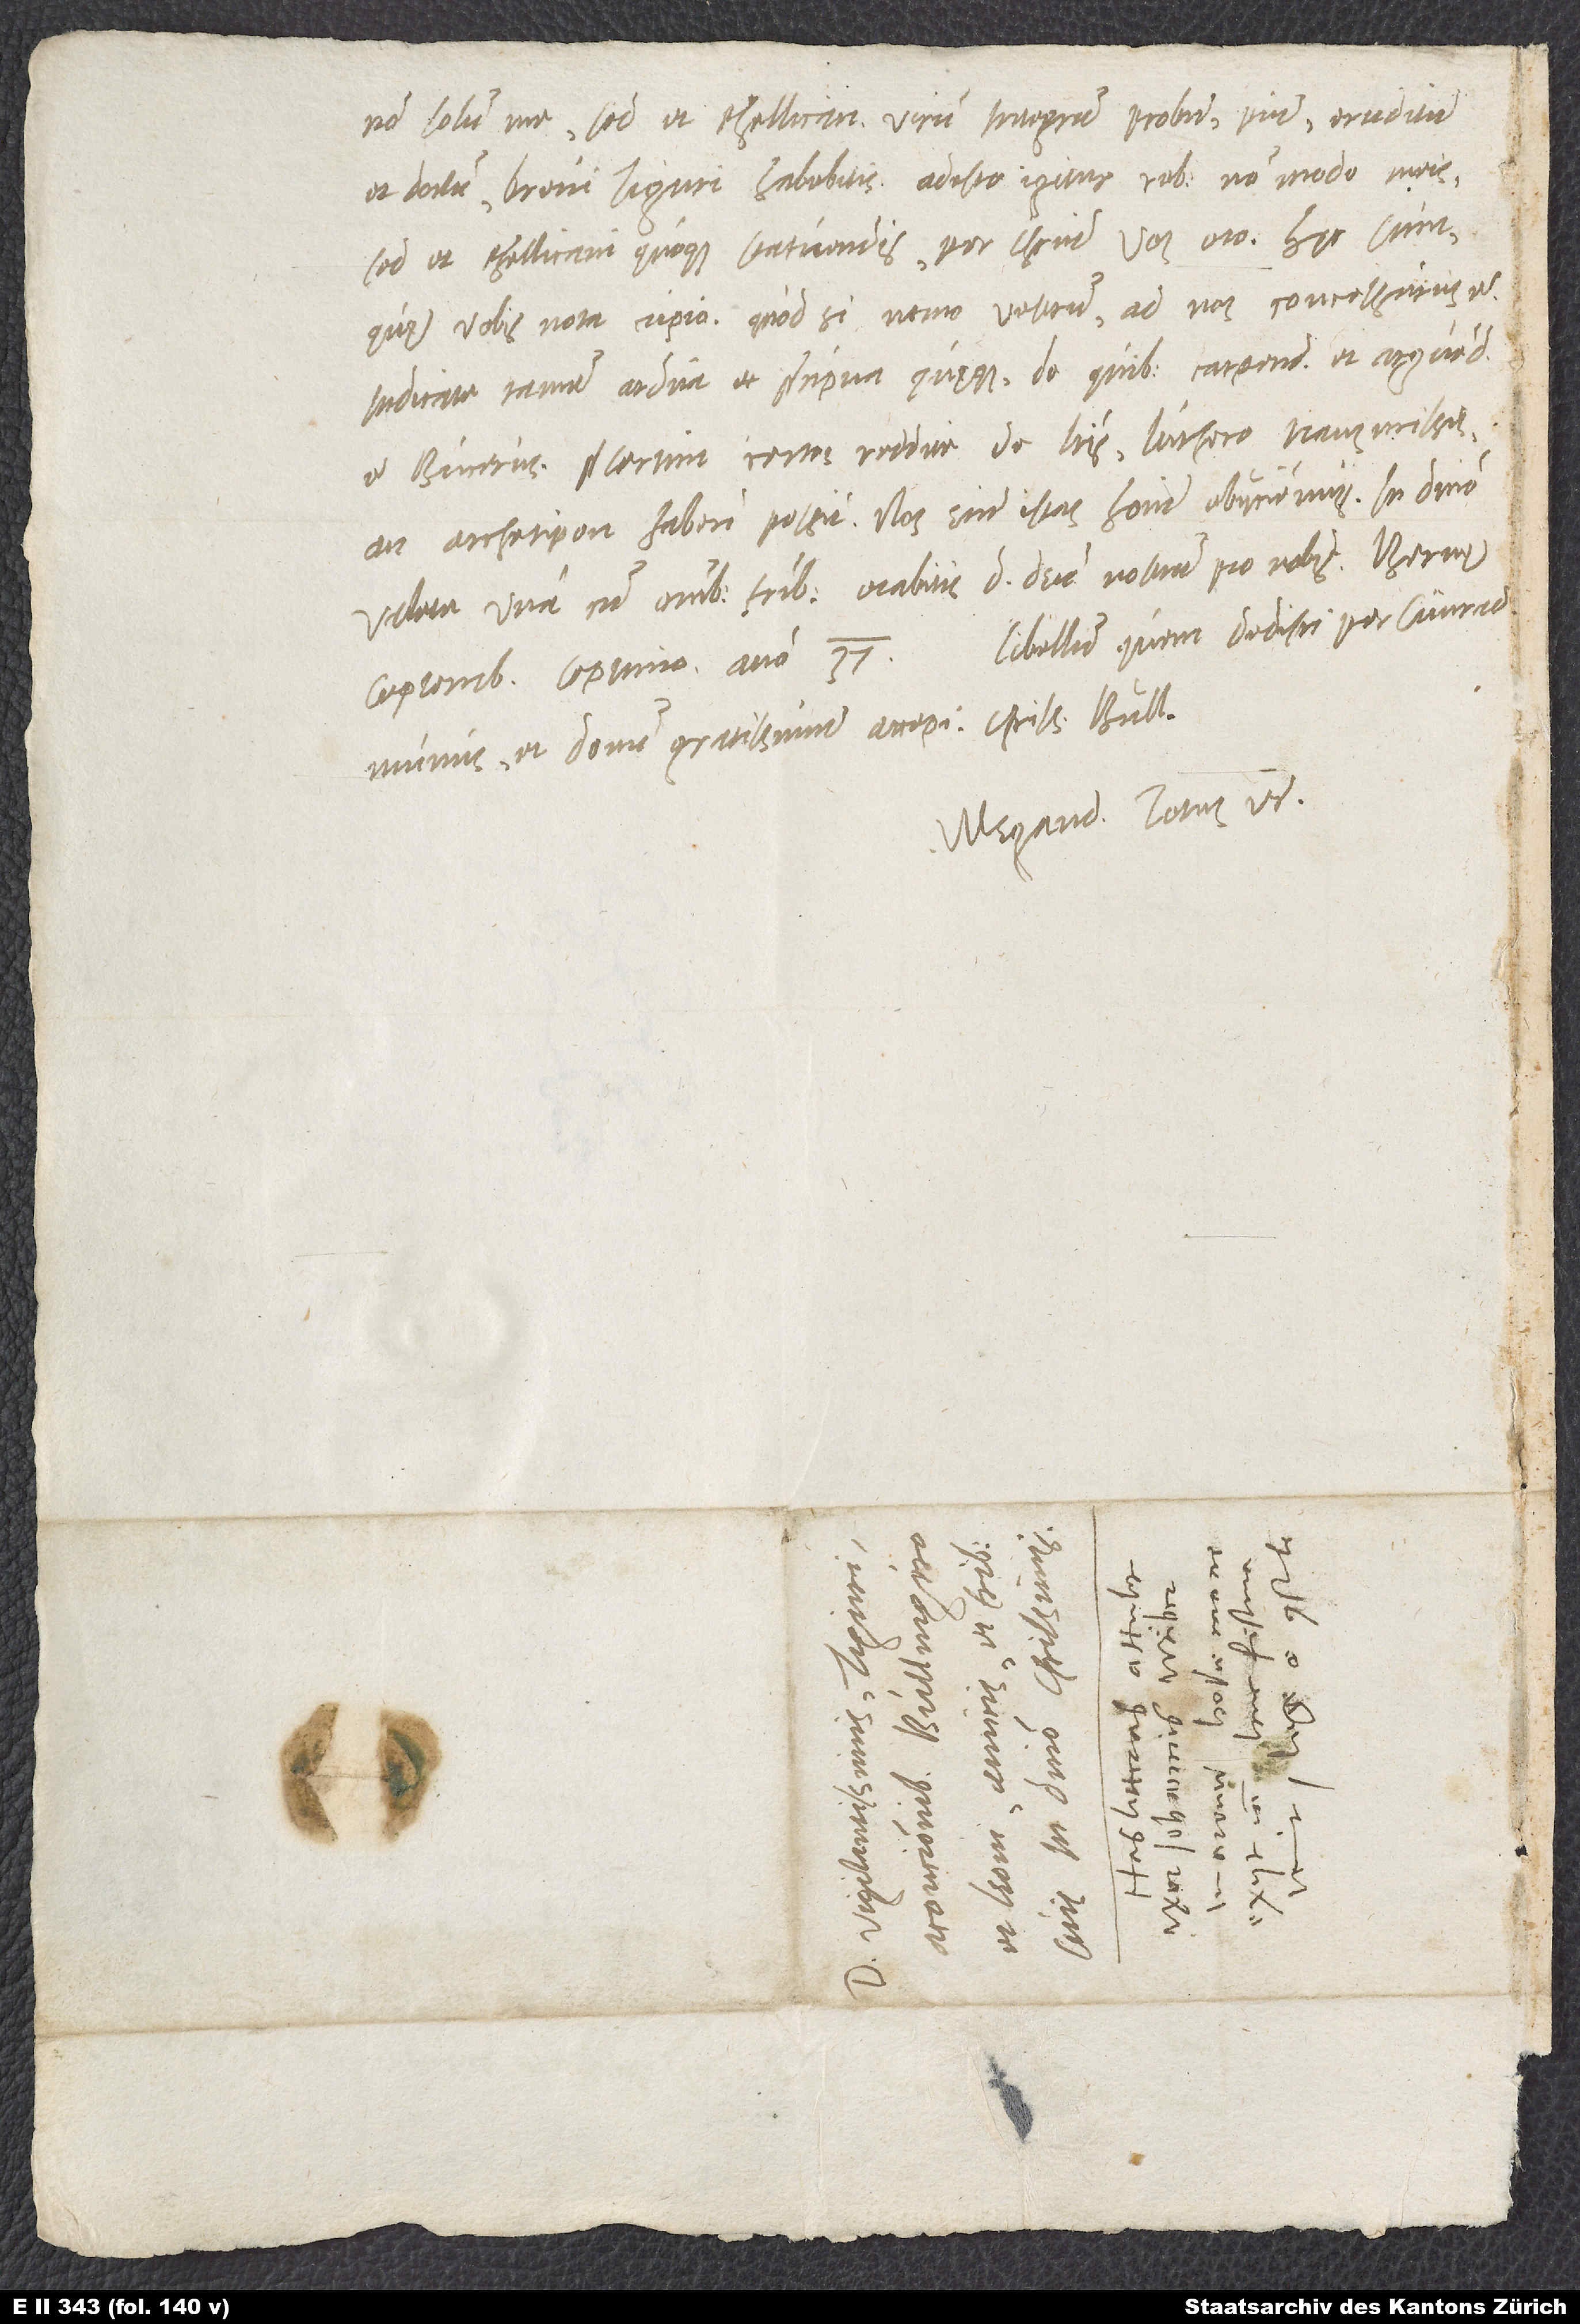
non solum me, sed et Rhellicanum, virum integrum, probum, pium, eruditum
et doctum, brevi Tiguri habebitis. Adeste igitur rebus non modo meis,
sed et Rhellicani quoque statuendis, per Christum vos oro. Hęc sunt,
quę vobis nota cupio. Quod si nemo vestrum ad nos concessurus,
indicate tamen ardua et praecipua quęque, de quibus carpendus et arguendus
est Bucerus. Praesertim certos reddite de literis Luthero transmissis,
an archetipon haben possit. Nos enim istas homini obiiciemus. In domino
valete una cum omnibus fratribus. Orabitis dominum deum nostrum pro nobis. Bernę,
Libellum, quem dedisti per Cunradum,
munus et donum gratissimum, accepi, charissime Bullingere.
Megand. totus vester.